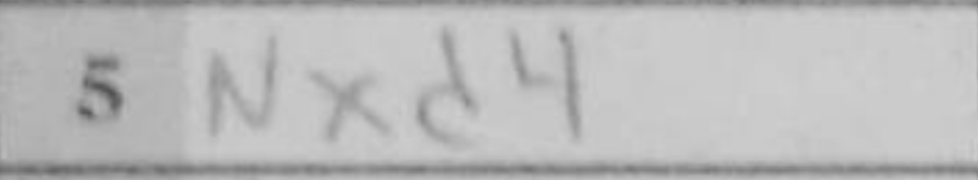
Transcription: Nxd4